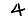
Digit: 4